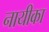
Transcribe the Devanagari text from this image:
नायीका